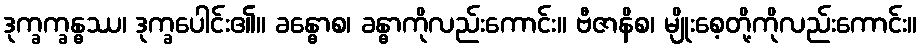
ဒုက္ခက္ခန္ဓဿ၊ ဒုက္ခပေါင်း၏။ ခန္ဓောစ၊ ခန္ဓာကိုလည်းကောင်း။ ဗီဇာနိစ၊ မျိုးစေ့တို့ကိုလည်းကောင်း။